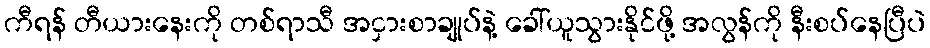
ကီရန် တီယားနေးကို တစ်ရာသီ အငှားစာချုပ်နဲ့ ခေါ်ယူသွားနိုင်ဖို့ အလွန်ကို နီးစပ်နေပြီပဲ